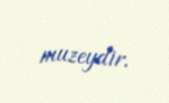
muzeydir.